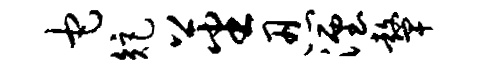
它矩蕃忍湮鼙